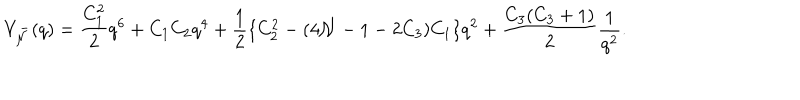
V _ { \cal N } ^ { - } ( q ) = \frac { C _ { 1 } ^ { 2 } } { 2 } q ^ { 6 } + C _ { 1 } C _ { 2 } q ^ { 4 } + \frac 1 2 \{ C _ { 2 } ^ { 2 } - ( 4 { \cal N } - 1 - 2 C _ { 3 } ) C _ { 1 } \} q ^ { 2 } + \frac { C _ { 3 } ( C _ { 3 } + 1 ) } { 2 } \frac { 1 } { q ^ { 2 } } .